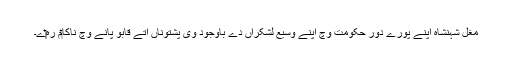
مغل شہنشاہ اپنے پورے دور حکومت وچ اپنے وسیع لشکراں دے باوجود وی پشتوناں اُتے قابو پانے وچ ناکا‏م رہ‏‏ے۔